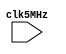
// Estimate |theta| bwteen the binary waveforms I and V
// 
//  ExampleGiven the driving frequency of 32 kHz
//  |theta|=5e6/32e3=156 corresponds to 180 degrees.

module phase_estimator(clk5MHz);//(I,V,cycle,clk5MHz);
  
  //output [7:0] abs_theta;
  //input I, V, cycle, clk5MHz;
  input clk5MHz;
  
// Generate a pulse at each positive edge of the cycle
// to signal the beginning of a new cycle 
/*  reg cycle_d1, cycle_d2;
  always @(negedge clk5MHz) begin
	 cycle_d2 <= cycle_d1;
	 cycle_d1 <= cycle;
  end
  wire pulse;
  assign pulse=cycle_d1&(~cycle_d2);

// Count the number of NOR(I,V)=1 for each period of cycle
  wire XOR_IV;
  assign XOR_IV=I^V;
  reg [7:0] accum=8'b0;
  wire [7:0] sum;
  assign sum = accum+XOR_IV;
 // reg [7:0] abs_theta;
  always @(posedge clk5MHz) begin
     if (pulse) begin
	//        abs_theta <= sum;
			  accum <=8'b0; 
	  end else
	        accum <= sum;
  end
*/
endmodule